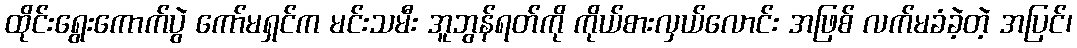
ထိုင်းရွေးကောက်ပွဲ ကော်မရှင်က မင်းသမီး အူဘွန်ရတ်ကို ကိုယ်စားလှယ်လောင်း အဖြစ် လက်မခံခဲ့တဲ့ အပြင်၊